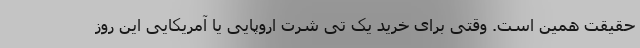
حقیقت همین است. وقتی برای خرید یک تی شرت اروپایی یا آمریکایی این روز